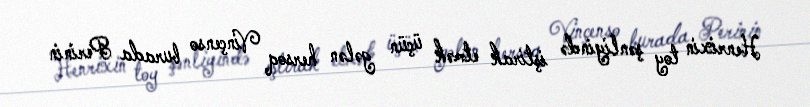
Henrixin toy şənliyində iştirak etmək üçün gələn hersoq Vinçenso burada Perinin